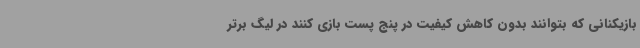
بازیکنانی که بتوانند بدون کاهش کیفیت در پنج پست بازی کنند در لیگ برتر